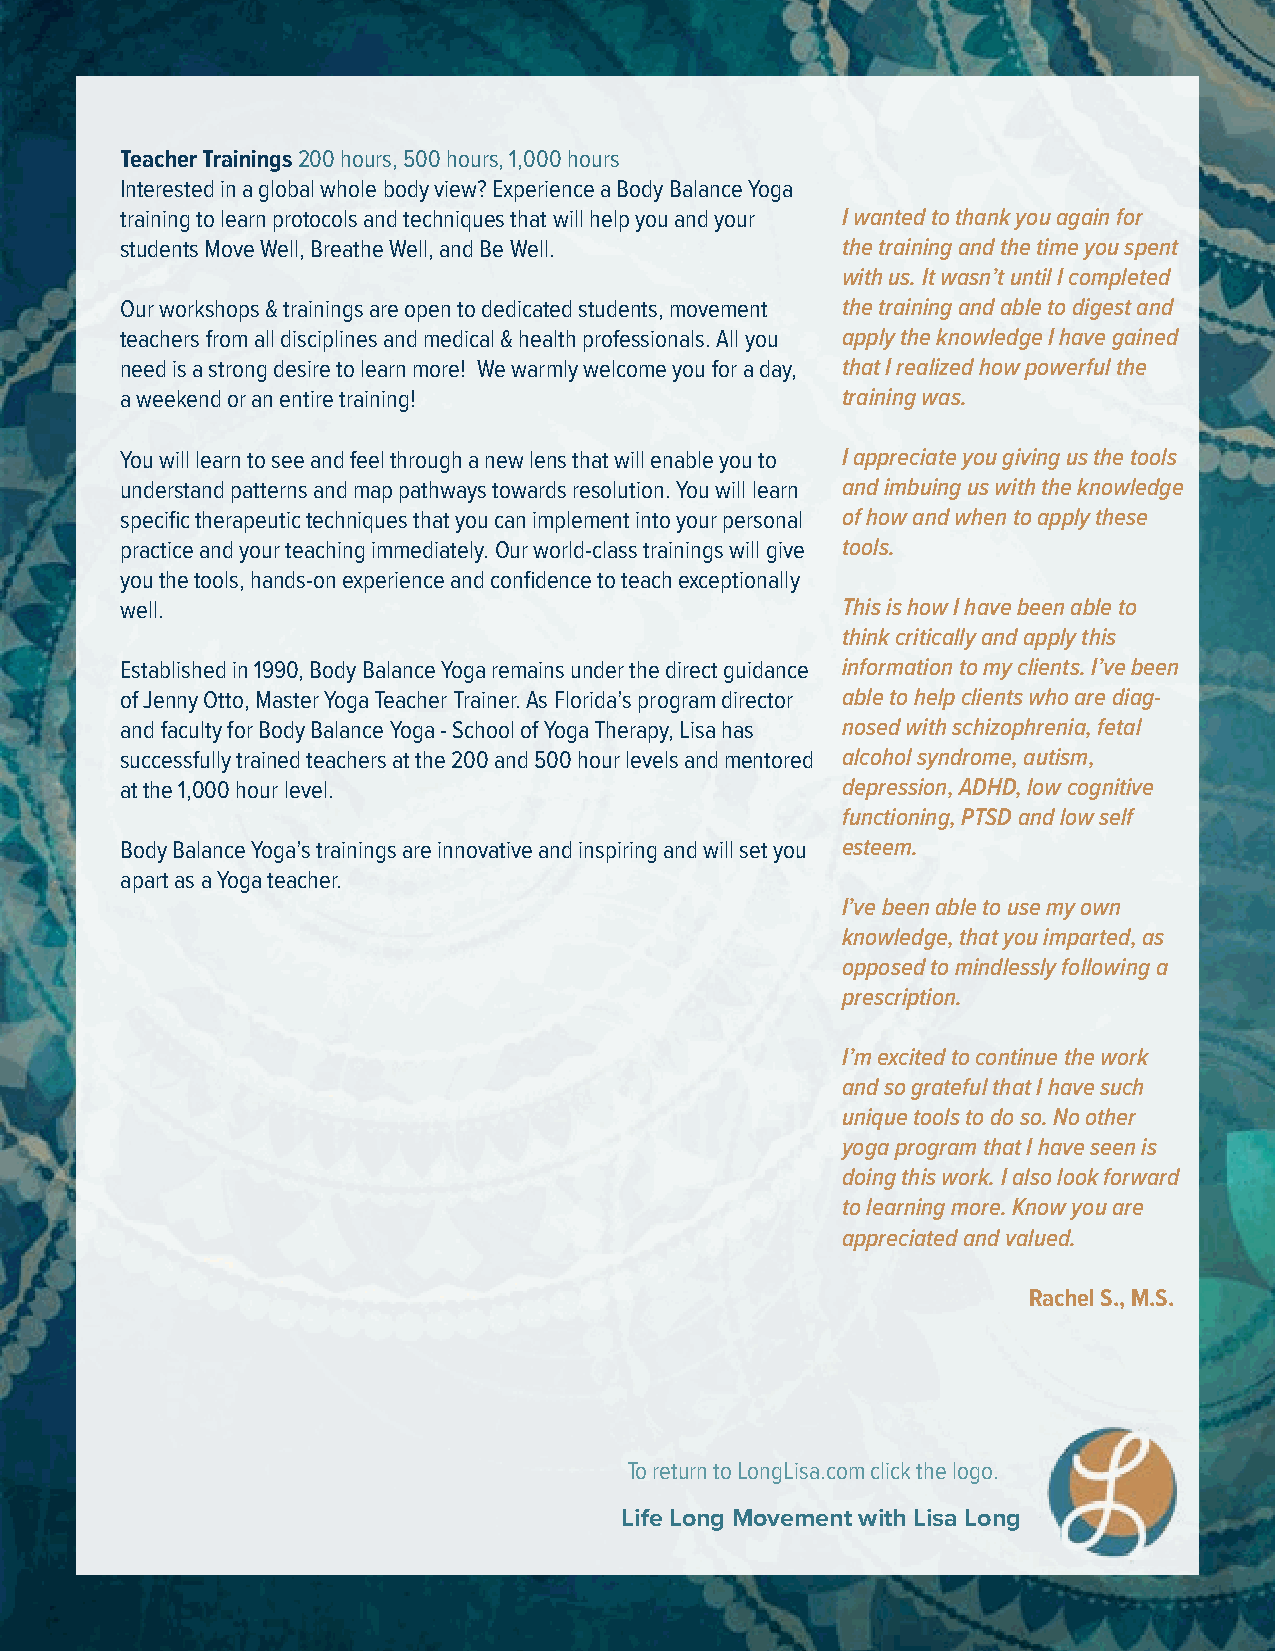
Teacher Trainings 200 hours, 500 hours, 1,000 hours
 Interested in a global whole body view? Experience a Body Balance Yoga
 training to learn protocols and techniques that will help you and your I wanted to thank you again for
 students Move Well, Breathe Well, and Be Well.  the training and the time you spent
 with us. It wasn’t until I completed
 Our workshops & trainings are open to dedicated students, movement the training and able to digest and
 teachers from all disciplines and medical & health professionals. All you apply the knowledge I have gained
 need is a strong desire to learn more! We warmly welcome you for a day, that I realized how powerful the
 a weekend or an entire training!                training was.
 You will learn to see and feel through a new lens that will enable you to I appreciate you giving us the tools
 understand patterns and map pathways towards resolution. You will learn and imbuing us with the knowledge
 specific therapeutic techniques that you can implement into your personal of how and when to apply these
 practice and your teaching immediately. Our world-class trainings will give tools.
 you the tools, hands-on experience and confidence to teach exceptionally
 well.                                           This is how I have been able to
 think critically and apply this
 Established in 1990, Body Balance Yoga remains under the direct guidance information to my clients. I’ve been
 of Jenny Otto, Master Yoga Teacher Trainer. As Florida’s program director able to help clients who are diag-
 and faculty for Body Balance Yoga - School of Yoga Therapy, Lisa has nosed with schizophrenia, fetal
 successfully trained teachers at the 200 and 500 hour levels and mentored alcohol syndrome, autism,
 at the 1,000 hour level.                        depression, ADHD, low cognitive
 functioning, PTSD and low self
 Body Balance Yoga’s trainings are innovative and inspiring and will set you esteem.
 apart as a Yoga teacher.
 I’ve been able to use my own
 knowledge, that you imparted, as
 opposed to mindlessly following a
 prescription.
 I’m excited to continue the work
 and so grateful that I have such
 unique tools to do so. No other
 yoga program that I have seen is
 doing this work. I also look forward
 to learning more. Know you are
 appreciated and valued.
 Rachel S., M.S.
 To return to LongLisa.com click the logo.
 Life Long Movement with Lisa Long